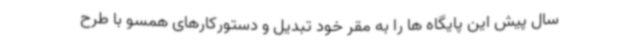
سال پیش این پایگاه ها را به مقر خود تبدیل و دستورکارهای همسو با طرح